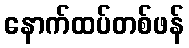
နောက်ထပ်တစ်ဖန်